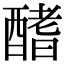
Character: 𨢍